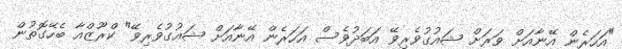
"އަހަރެން އޭނާއަށް ވަރަށް ޝައުގުވެރިވޭ އަބަދުވެސް އަހަރެން އޭނާއަށް ޝައުގުވެރިވޭ" ކްރޫޒްއާ ބެހޭގޮތުން